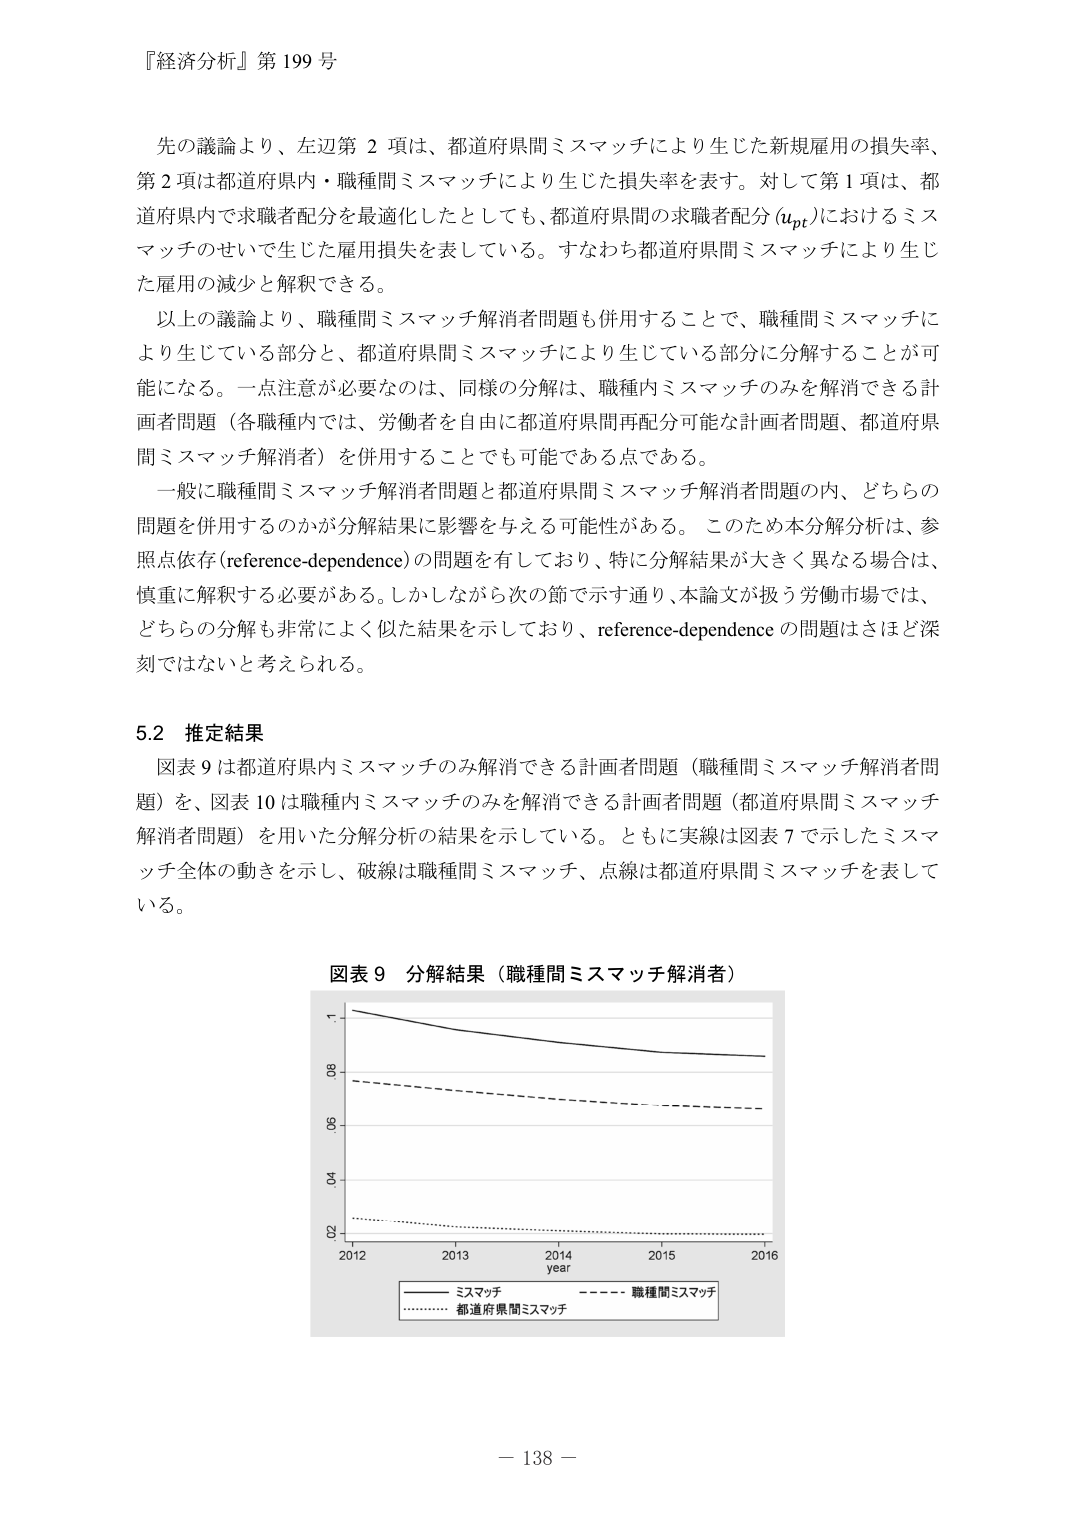
『経済分析』第199号

先の議論より、左辺第2項は、都道府県間ミスマッチにより生じた新規雇用の損失率、
第2項は都道府県内・職種間ミスマッチにより生じた損失率を表す。対して第1項は、都
道府県内で求職者配分を最適化したとしても、都道府県間の求職者配分（u_pt）におけるミス
マッチのせいで生じた雇用損失を表している。すなわち都道府県間ミスマッチにより生じ
た雇用の減少と解釈できる。

以上の議論より、職種間ミスマッチ解消者問題も併用することで、職種間ミスマッチに
より生じている部分と、都道府県間ミスマッチにより生じている部分に分解することが可
能になる。一点注意が必要なのは、同様の分解は、職種内ミスマッチのみを解消できる計
画者問題（各職種内では、労働者を自由に都道府県間再配分可能な計画者問題、都道府県
間ミスマッチ解消者）を併用することでも可能である点である。

一般に職種間ミスマッチ解消者問題と都道府県間ミスマッチ解消者問題の内、どちらの
問題を併用するのかが分解結果に影響を与える可能性がある。このため本分解分析は、参
照点依存（reference-dependence）の問題を有しており、特に分解結果が大きく異なる場合は、
慎重に解釈する必要がある。しかしながら次の節で示す通り、本論文が扱う労働市場では、
どちらの分解も非常によく似た結果を示しており、reference-dependence の問題はさほど深
刻ではないと考えられる。

5.2 推定結果

図表9は都道府県内ミスマッチのみ解消できる計画者問題（職種間ミスマッチ解消者問
題）、図表10は職種内ミスマッチのみを解消できる計画者問題（都道府県間ミスマッチ
解消者問題）を用いた分解分析の結果を示している。ともに実線は図表7で示したミスマ
ッチ全体の動きを示し、破線は職種間ミスマッチ、点線は都道府県間ミスマッチを表して
いる。

図表9 分解結果（職種間ミスマッチ解消者）

（グラフの縦軸：10, 8, 6, 4, 2；横軸：2012, 2013, 2014, 2015, 2016；year）
（凡例：実線：ミスマッチ、破線：職種間ミスマッチ、点線：都道府県間ミスマッチ）

－138－